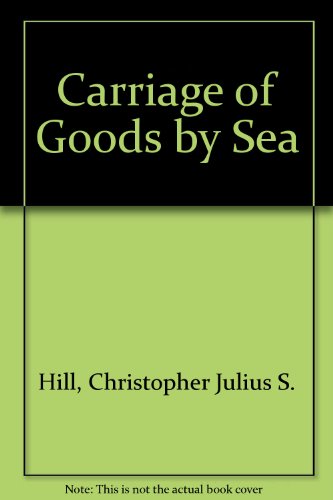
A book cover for Carriage of Goods by Sea; Christopher Julius S. Hill; Law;